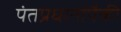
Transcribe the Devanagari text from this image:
पंतप्रधानांपैकी